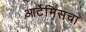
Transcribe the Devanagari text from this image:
आर्टेमिसचा